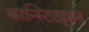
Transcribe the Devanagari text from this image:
कान्स्टिट्यूशन